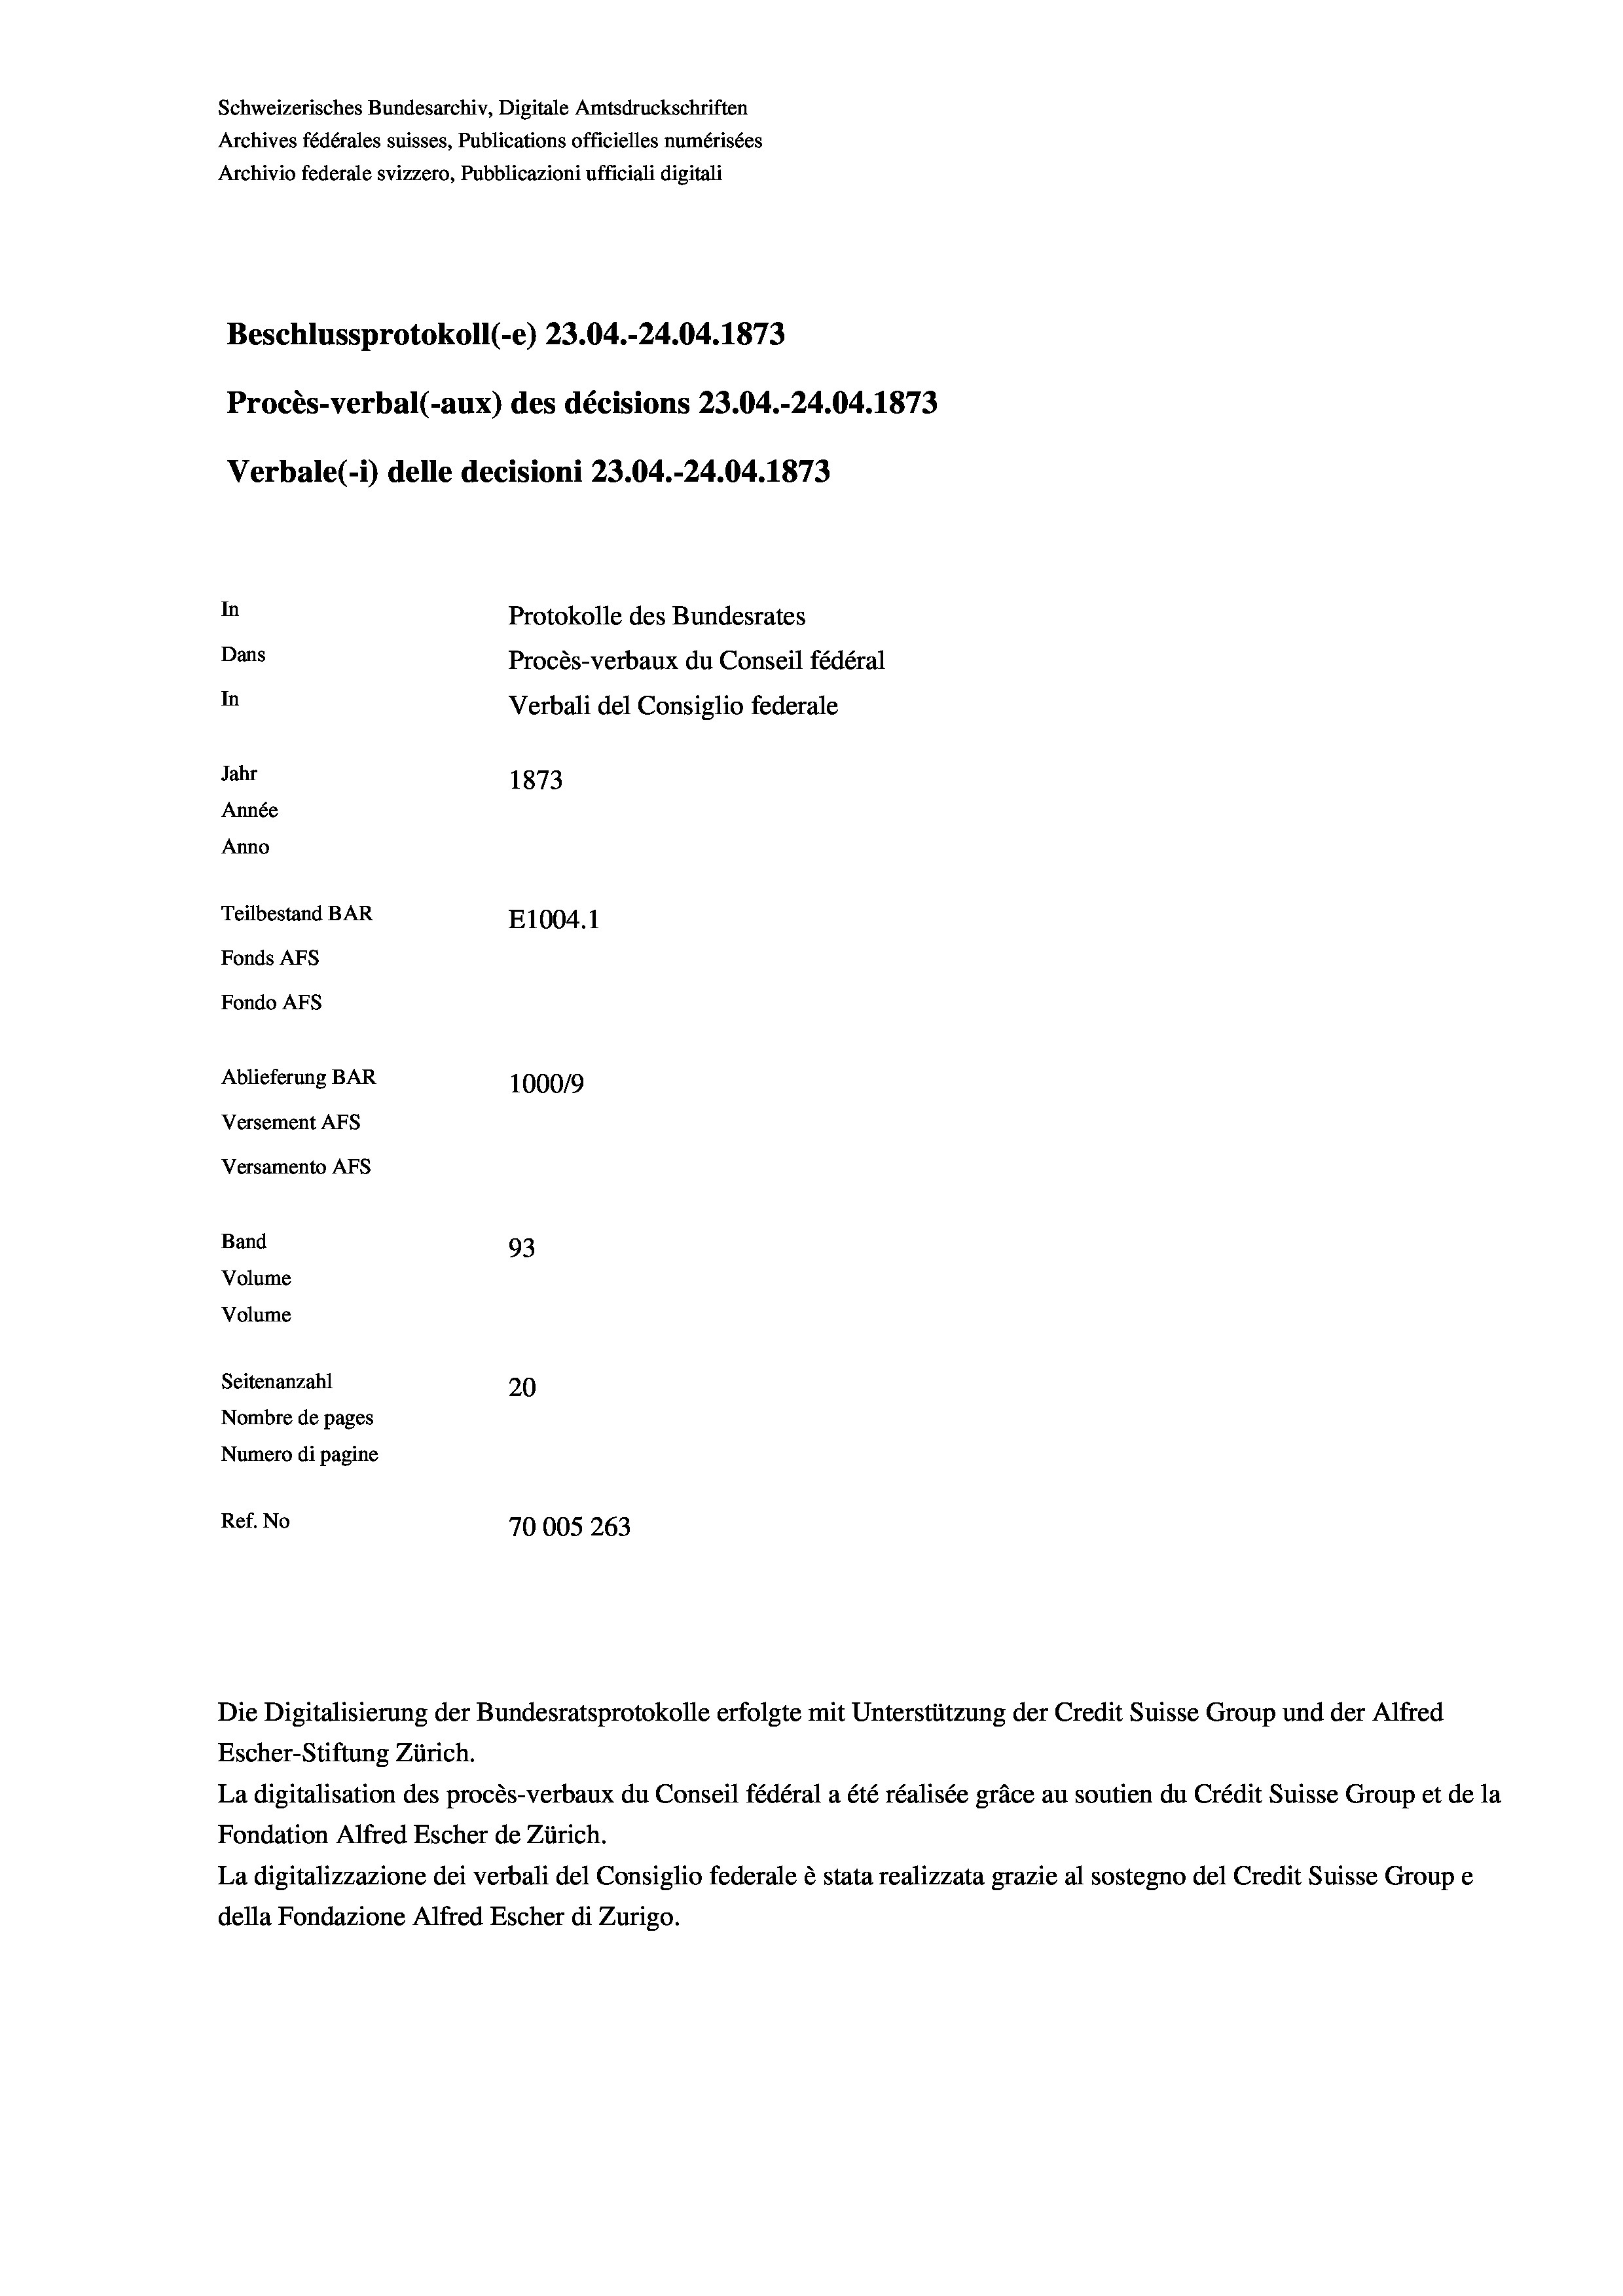
Schweizerisches Bundesarchiv, Digitale Amtsdruckschriften
Archives fédérales suisses, Publications officielles numérisées
Archivio federale svizzero, Pubblicazioni ufficiali digitali
Beschlussprotokoll (-e) 23.04.-24.04. 1873
Procès-verbal (-aux) des décisions 23.04.-24.04. 1873
Verbale (- 1) delle decisioni 23.04.-24.04. 1873
In
Protokolle des Bundesrates
Dans
Procès-verbaux du Conseil fédéral
In
Verbali del Consiglio federale
Jahr
1873
Année
Anno
Teilbestand BAR
E1004.1
Fonds AFs
Fondo Afs
Ablieferung BAR
1000/9
Versement Ans
Versamento Afs
Band
93
Volume
Volume

Seitenanzahl
20
Nombre de pages
Numero di pagine
Ref. No
70005 263

Escher-Stiftung Zürich.
La digitalisation des procès-verbaux du Conseil fédéral a été réalisée gräce au soutien du Crédit Suisse Group et de la
Fondation Alfred Escher de Zürich.
La digitalizzazione dei verbali del Consiglio federale è stata realizzata grazie al sostegno del Credit Suisse Groupe
della Fondazione Alfred Escher di Zurigo.

Die Digitalisierung der Bundesratsprotokolle erfolgte mit Unterstützung der Credit Suisse Group und der Alfred